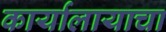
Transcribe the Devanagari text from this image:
कार्यालायाचा